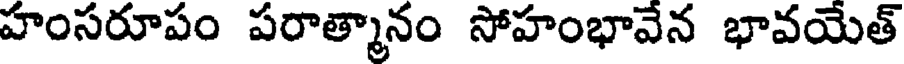
హంసరూపం పరాత్మానం సోహంభావేన భావయేత్